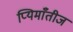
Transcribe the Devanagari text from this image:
प्यिमाँतीज